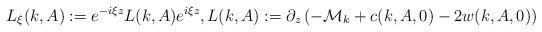
LaTeX: \begin{align*}L_\xi(k,A):=e^{-i\xi z}L(k,A)e^{i\xi z},L(k,A):=\partial_z\left(-\mathcal{M}_k+c(k,A,0)-2w(k,A,0)\right)\end{align*}